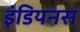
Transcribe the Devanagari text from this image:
इंडियनस